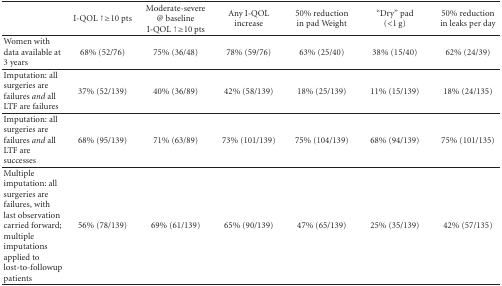
<table><thead><tr><td></td><td><b>I-QOL ↑≥10 pts</b></td><td><b>Moderate-severe @ baseline I-QOL ↑≥10 pts</b></td><td><b>Any I-QOL increase</b></td><td><b>50% reduction in pad Weight</b></td><td><b>“Dry” pad (&lt;1 g)</b></td><td><b>50% reduction in leaks per day</b></td></tr></thead><tbody><tr><td>Women with data available at 3 years</td><td>68% (52/76)</td><td>75% (36/48)</td><td>78% (59/76)</td><td>63% (25/40)</td><td>38% (15/40)</td><td>62% (24/39)</td></tr><tr><td>Imputation: all surgeries are failures <i>and</i> all LTF are failures</td><td>37% (52/139)</td><td>40% (36/89)</td><td>42% (58/139)</td><td>18% (25/139)</td><td>11% (15/139)</td><td>18% (24/135) </td></tr><tr><td>Imputation: all surgeries are failures <i>and</i> all LTF are successes</td><td>68% (95/139)</td><td>71% (63/89)</td><td>73% (101/139)</td><td>75% (104/139)</td><td>68% (94/139)</td><td>75% (101/135) </td></tr><tr><td>Multiple imputation: all surgeries are failures, with last observation carried forward; multiple imputations applied to lost-to-followup patients</td><td>56% (78/139)</td><td>69% (61/139)</td><td>65% (90/139)</td><td>47% (65/139)</td><td>25% (35/139)</td><td>42% (57/135)</td></tr></tbody></table>